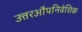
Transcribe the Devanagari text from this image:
उत्तरऔपनिवेशिक